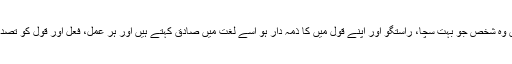
لغت کے مطابق وہ شخص جو بہت سچا، راستگو اور اپنے قول میں کا ذمہ دار ہو اسے لغت میں صادق کہتے ہیں اور ہر عمل، فعل اور قول کو تصدیق کہا جاتا ہے۔